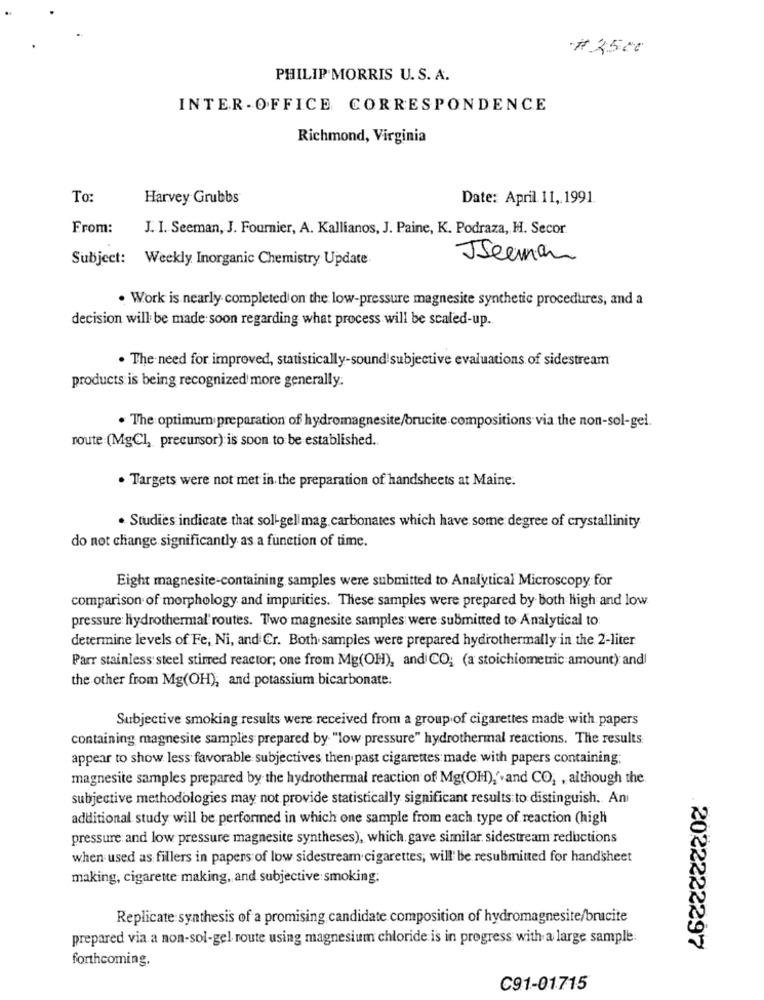
#25.00
PHILIP MORRIS U. S. A.
INTER -OFFICE CORRESPONDENCE
Richmond, Virginia
To:
Harvey Grubbs
Date: April 11, 1991.
From:
J. I. Seeman, J. Fournier, A. Kallianos, J. Paine, K. Podraza, H. Secor.
Subject: Weekly Inorganic Chemistry Update
JSeenan
. Work is nearly completed on the low-pressure magnesite synthetic procedures, and a
decision will be made soon regarding what process will be scaled-up.
. The need for improved, statistically-sound subjective evaluations of sidestream
products is being recognized more generally.
. The optimum preparation of hydromagnesite/brucite compositions via the non-sol-gel.
route (MgCl, precursor) is soon to be established.
· Targets were not met in. the preparation of handsheets at Maine.
· Studies indicate that sol-gel mag. carbonates which have some degree of crystallinity
do not change significantly as a function of time.
Eight magnesite-containing samples were submitted to Analytical Microscopy for
comparison of morphology and impurities. These samples were prepared by both high and low
pressure: hydrothermal'routes. Two magnesite samples were submitted to Analytical to
determine levels of Fe, Ni, and Cr. Both samples were prepared hydrothermally in the 2-liter
Parr stainless steel stirred reactor; one from Mg(OH), and CO; (a stoichiometric amount) and
the other from Mg(OH), and potassium bicarbonate.
Subjective smoking results were received from a group of cigarettes made with papers
containing magnesite samples prepared by "low pressure" hydrothermal reactions. The results
appear to show less favorable subjectives then past cigarettes made with papers containing;
magnesite samples prepared by the hydrothermal reaction of Mg(OH),'.and CO, , although the
subjective methodologies may not provide statistically significant results to distinguish. An
additional study will be performed in which one sample from each type of reaction (high
pressure and low pressure magnesite syntheses), which gave similar sidestream reductions
when used as fillers in papers of low sidestream cigarettes, will be resubmitted for handsheet
making, cigarette making, and subjective smoking;
Replicate synthesis of a promising candidate composition of hydromagnesite/brucite
prepared via a non-sol-gel route using magnesium chloride is in progress with a large sample:
2022222297
forthcoming.
C91-01715